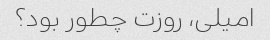
امیلی، روزت چطور بود؟